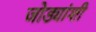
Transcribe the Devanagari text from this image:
जोड्यांशी